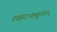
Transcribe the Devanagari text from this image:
शहरापासुन१५